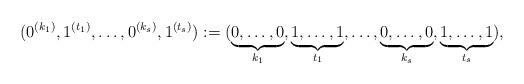
LaTeX: \begin{align*}(0^{(k_1)}, 1^{(t_1)}, \ldots,0^{(k_s)}, 1^{(t_s)}):=(\underbrace{0, \ldots, 0}_{k_1},\underbrace{1, \ldots, 1}_{t_1}, \ldots, \underbrace{0, \ldots, 0}_{k_s}, \underbrace{1, \ldots, 1}_{t_s}),\end{align*}